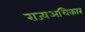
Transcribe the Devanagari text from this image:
राज्यअधिकार